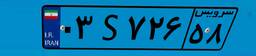
۰۳S۷۲۶۵۸